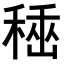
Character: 𥠞